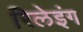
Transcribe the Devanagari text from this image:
रिलेइंग